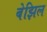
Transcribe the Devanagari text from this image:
बेझिल